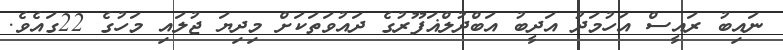
ނައިބު ރައީސް އަހުމަދު އަދީބު އަބްދުލްޣަފޫރުގެ ދައުވަތަކަށް މިދިޔަ ޖުލައި މަހުގެ 22ގައެވެ.